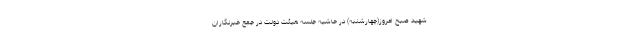
شهید صبح امروز(چهارشنبه) در حاشیه جلسه هیئت دولت در جمع خبرنگاران